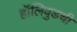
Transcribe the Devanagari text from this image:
हॉलिवुडची